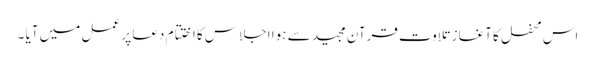
اس محفل کا آغاز تلاوت قرآن مجید سے ہوا اجلاس کا اختتام دعا پر عمل میں آیا ۔